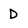
Character: D